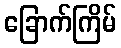
ခြောက်ကြိမ်